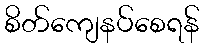
စိတ်ကျေနပ်စေရန်